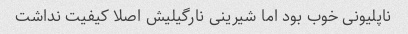
ناپلیونی خوب بود اما شیرینی نارگیلیش اصلا کیفیت نداشت